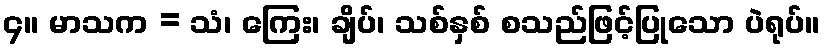
၄။ မာသက = သံ၊ ကြေး၊ ချိပ်၊ သစ်နှစ် စသည်ဖြင့်ပြုသော ပဲရုပ်။